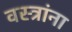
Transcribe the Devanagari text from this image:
वस्त्रांना